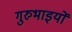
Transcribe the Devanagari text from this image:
गुरुभाइयों